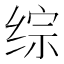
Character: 综